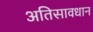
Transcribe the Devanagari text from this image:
अतिसावधान